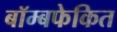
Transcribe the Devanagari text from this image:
बॉम्बफेकित